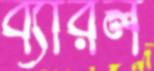
ব্যারল